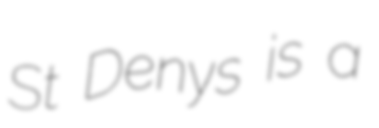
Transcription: St Denys is a